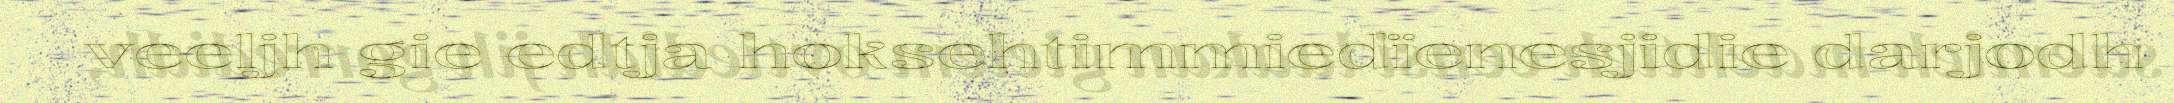
veeljh gie edtja hoksehtimmiedïenesjidie darjodh